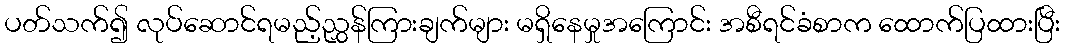
ပတ်သက်၍ လုပ်ဆောင်ရမည့်ညွှန်ကြားချက်များ မရှိနေမှုအကြောင်း အစီရင်ခံစာက ထောက်ပြထားပြီး